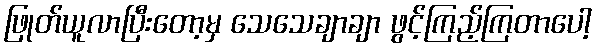
ဖြုတ်ယူလာပြီးတော့မှ သေသေချာချာ ဖွင့်ကြည့်ကြတာပေါ့